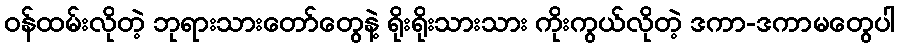
ဝန်ထမ်းလိုတဲ့ ဘုရားသားတော်တွေနဲ့ ရိုးရိုးသားသား ကိုးကွယ်လိုတဲ့ ဒကာ-ဒကာမတွေပါ